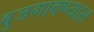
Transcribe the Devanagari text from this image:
बुजगावण्यास